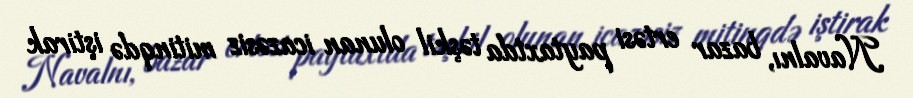
Navalnı, bazar ertəsi paytaxtda təşkil olunan icazəsiz mitinqdə iştirak